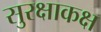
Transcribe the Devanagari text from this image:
सुरक्षाकक्ष